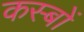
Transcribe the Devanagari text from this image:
कस्‍बों